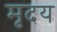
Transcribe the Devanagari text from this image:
मृदय